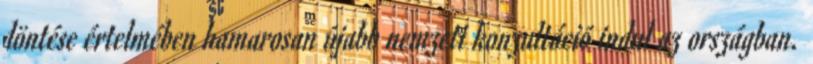
döntése értelmében hamarosan újabb nemzeti konzultáció indul az országban.